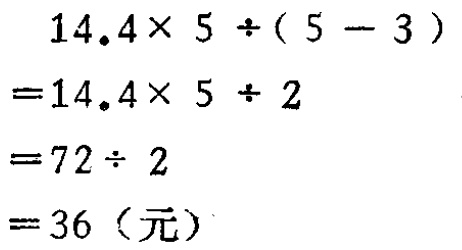
\[
\begin{align*}
&14.4\times 5\div(5 - 3)\\
=&14.4\times 5\div 2\\
=&72\div 2\\
=&36 (\text{元})
\end{align*}
\]